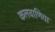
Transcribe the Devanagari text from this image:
कलवाणिया